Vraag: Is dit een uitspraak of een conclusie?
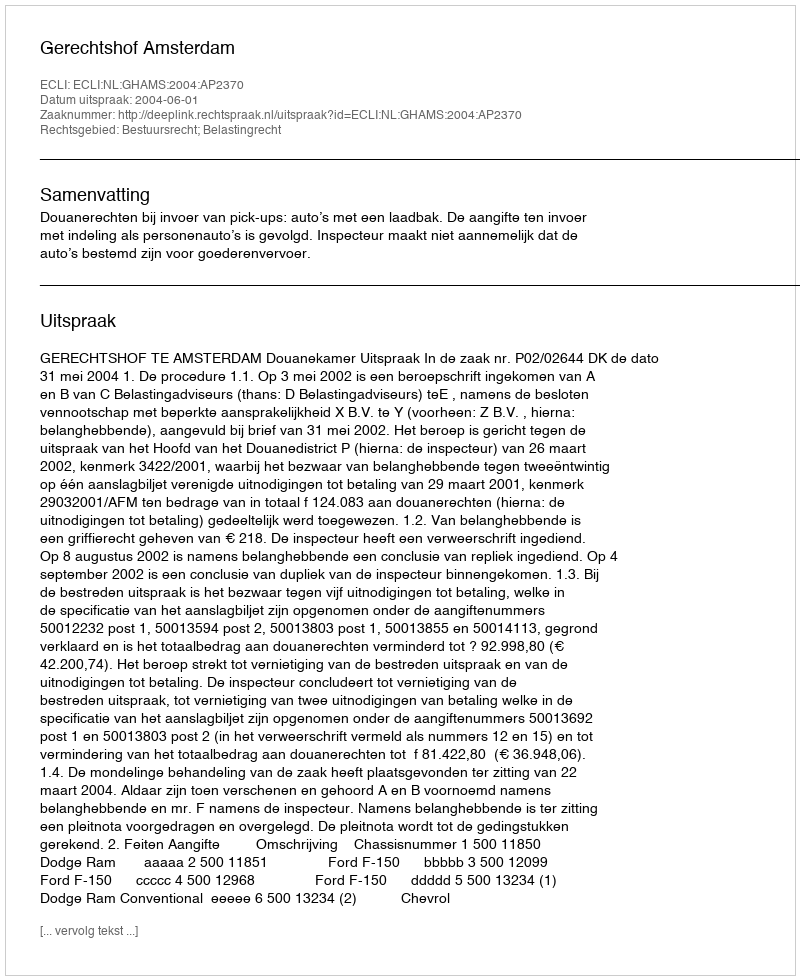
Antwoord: Uitspraak